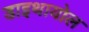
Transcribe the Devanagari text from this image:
डाइथायोल